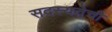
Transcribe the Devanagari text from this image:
सदस्यतेची